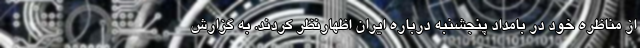
از مناظره خود در بامداد پنجشنبه درباره ایران اظهارنظر کردند. به گزارش